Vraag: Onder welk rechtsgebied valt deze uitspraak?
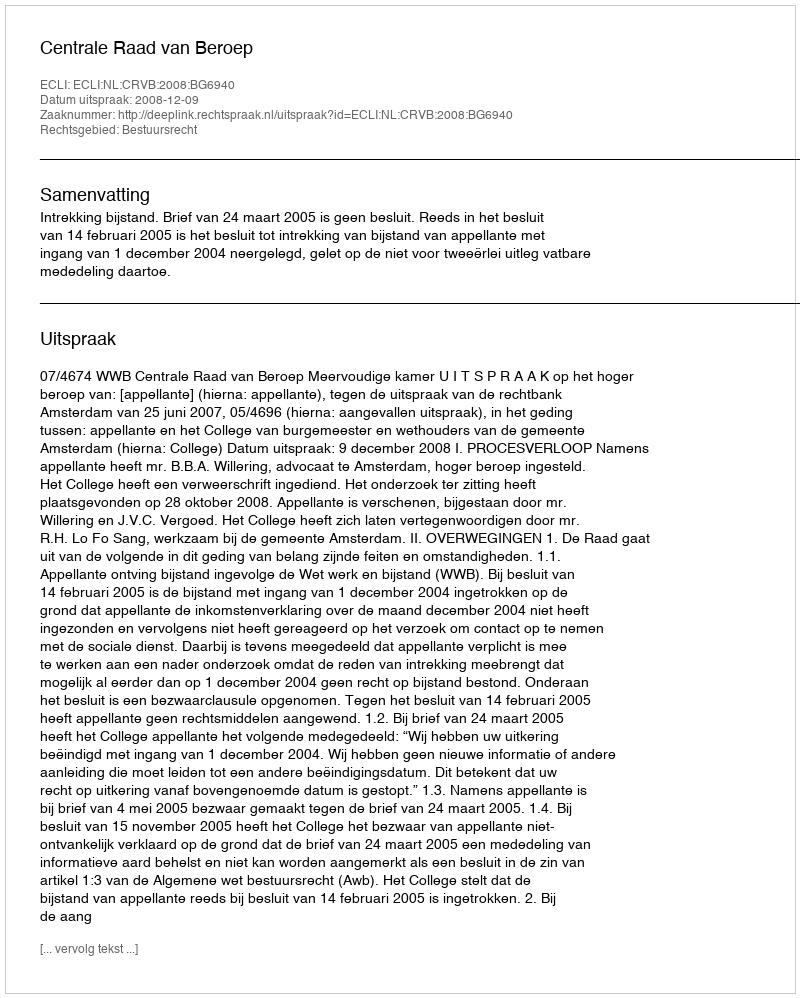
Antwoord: Bestuursrecht